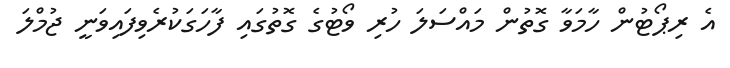
އެ ރިޕޯޓުން ހާމަވާ ގޮތުން މައްސަލަ ހުރި ވޯޓުގެ ގޮތުގައި ފާހަގަކުރެވިފައިވަނީ ޖުމްލަ